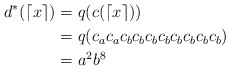
\begin{align*}d^*(\lceil x \rceil)&= q(c(\lceil x \rceil)) \\&= q(c_ac_ac_bc_bc_bc_bc_bc_bc_bc_b) \\&= a^2b^8\end{align*}